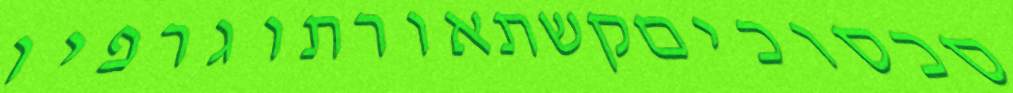
סכסוכיםקשתאורתוגרפיו